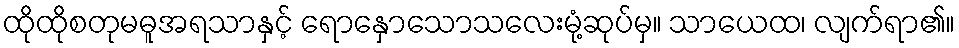
ထိုထိုစတုမဓူအရသာနှင့် ရောနှောသောသလေးမုံ့ဆုပ်မှ။ သာယေထ၊ လျက်ရာ၏။